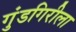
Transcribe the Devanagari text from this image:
गुंडगिरीला